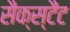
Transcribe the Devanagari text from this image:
सैक्स्टैंट